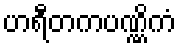
ဟရီတကပဏ္ဏိကံ